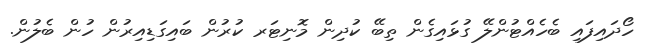
ހޯދައިފައި ބެހެއްޓުންލޭ ގުޅައިގެން ތިބޭ ކުދިން މޮނިޓަރ ކުރުން ބައިގަޑިއިރުން ހުން ބެލުން.